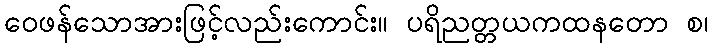
ဝေဖန်သောအားဖြင့်လည်းကောင်း။ ပရိညတ္တယကထနတော စ၊